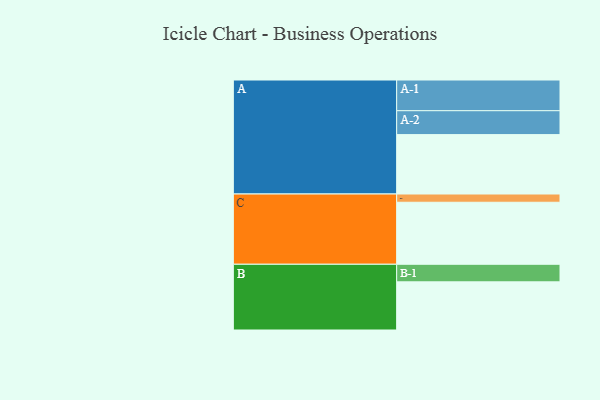
{"axis": {"x": "Segment", "y": "Value"}, "legend": ["", "A", "B", "C"], "data": [{"x": "A", "y": 497, "type": ""}, {"x": "B", "y": 403, "type": ""}, {"x": "C", "y": 519, "type": ""}, {"x": "A-1", "y": 257, "type": "A"}, {"x": "A-2", "y": 200, "type": "A"}, {"x": "B-1", "y": 147, "type": "B"}, {"x": "C-1", "y": 69, "type": "C"}]}